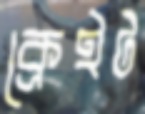
ক্রেইট